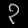
Digit: ၃